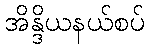
အိန္ဒိယနယ်စပ်